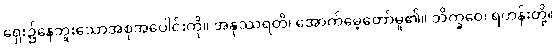
ရှေး၌နေဘူးသောအစုအပေါင်းကို။ အနုဿရတိ၊ အောက်မေ့တော်မူ၏။ ဘိက္ခဝေ၊ ရဟန်းတို့။